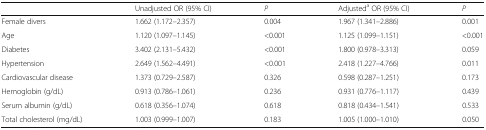
<table><thead><tr><td></td><td><b>Unadjusted OR (95% CI)</b></td><td><b><i>P</i></b></td><td><b>Adjusted<sup>a</sup> OR (95% CI)</b></td><td><b><i>P</i></b></td></tr></thead><tbody><tr><td>Female divers</td><td>1.662 (1.172–2.357)</td><td>0.004</td><td>1.967 (1.341–2.886)</td><td>0.001</td></tr><tr><td>Age</td><td>1.120 (1.097–1.145)</td><td>&lt;0.001</td><td>1.125 (1.099–1.151)</td><td>&lt;0.001</td></tr><tr><td>Diabetes</td><td>3.402 (2.131–5.432)</td><td>&lt;0.001</td><td>1.800 (0.978–3.313)</td><td>0.059</td></tr><tr><td>Hypertension</td><td>2.649 (1.562–4.491)</td><td>&lt;0.001</td><td>2.418 (1.227–4.766)</td><td>0.011</td></tr><tr><td>Cardiovascular disease</td><td>1.373 (0.729–2.587)</td><td>0.326</td><td>0.598 (0.287–1.251)</td><td>0.173</td></tr><tr><td>Hemoglobin (g/dL)</td><td>0.913 (0.786–1.061)</td><td>0.236</td><td>0.931 (0.776–1.117)</td><td>0.439</td></tr><tr><td>Serum albumin (g/dL)</td><td>0.618 (0.356–1.074)</td><td>0.618</td><td>0.818 (0.434–1.541)</td><td>0.533</td></tr><tr><td>Total cholesterol (mg/dL)</td><td>1.003 (0.999–1.007)</td><td>0.183</td><td>1.005 (1.000–1.010)</td><td>0.050</td></tr></tbody></table>